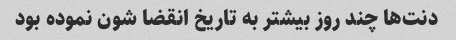
دنت‌ها چند روز بیشتر به تاریخ انقضا شون نموده بود